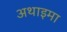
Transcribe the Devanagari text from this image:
अथाइमा